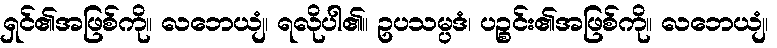
ရှင်၏အဖြစ်ကို။ လဘေယျံ၊ ရလိုပါ၏။ ဥပသမ္ပဒံ၊ ပဉ္စင်း၏အဖြစ်ကို။ လဘေယျံ၊